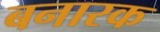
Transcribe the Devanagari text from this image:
बनारक